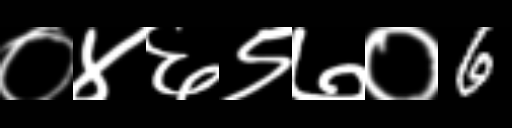
Text: ०४६९७०6